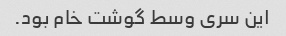
این سری وسط گوشت خام بود.